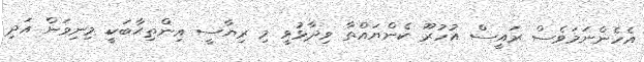
އެހެންނަމަވެސް ރައީސް އުހުރޫ ކެންޔައްތާ ވިދާޅުވީ މި ރިޔާސީ އިންތިޙާބަކީ މިނިވަން އަދި